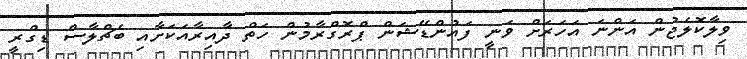
ވިލާކޮލެޖުން އަންނަ އަހަރަށް ވަނީ ފައުންޑޭޝަން ޕްރޮގްރާމުން ހަތް ދާއިރާއަކަށާއި ބެޗްލާސް ޑިގްރީ